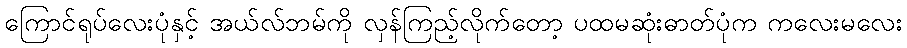
ကြောင်ရုပ်လေးပုံနှင့် အယ်လ်ဘမ်ကို လှန်ကြည့်လိုက်တော့ ပထမဆုံးဓာတ်ပုံက ကလေးမလေး